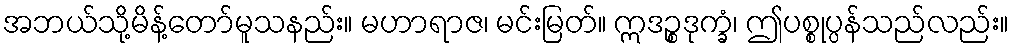
အဘယ်သို့မိန့်တော်မူသနည်း။ မဟာရာဇ၊ မင်းမြတ်။ ဣဒဉ္စဒုက္ခံ၊ ဤပစ္စုပ္ပန်သည်လည်း။